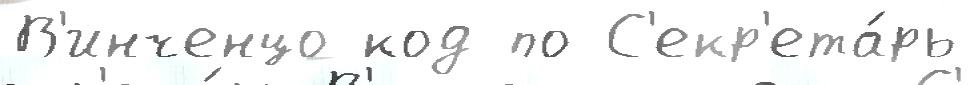
В'инченцо код по С'екр'ета́рь